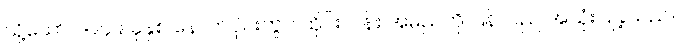
သို့သော် ၁၉၄၉ ခုနှစ် နောက်ပိုင်းတွင် ထိုင်းလန်း အမည်ကို ပြန်လည် အသုံးပြုခဲ့သည်။